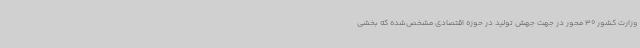
وزارت کشور 30 محور در جهت جهش تولید در حوزه اقتصادی مشخص‌شده که بخشی